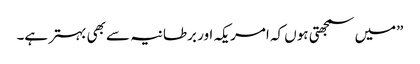
”میں سمجھتی ہوں کہ امریکہ اور برطانیہ سے بھی بہتر ہے۔